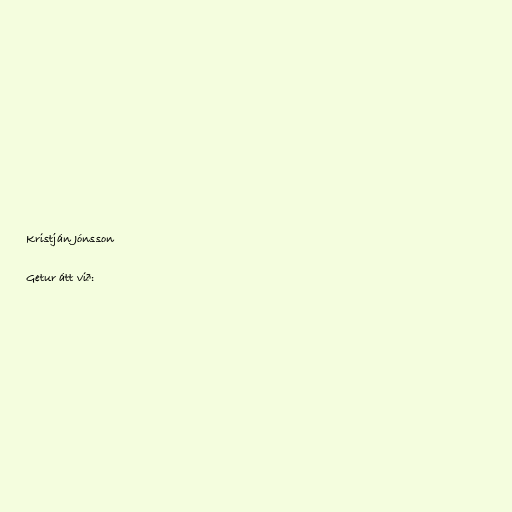
Kristján Jónsson

Getur átt við: